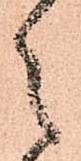
之